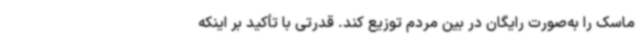
ماسک را به‌صورت رایگان در بین مردم توزیع کند. قدرتی با تأکید بر اینکه